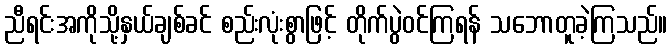
ညီရင်းအကိုသို့နှယ်ချစ်ခင် စည်းလုံးစွာဖြင့် တိုက်ပွဲဝင်ကြရန် သဘောတူခဲ့ကြသည်။